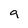
Character: g